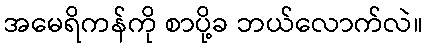
အမေရိကန်ကို စာပို့ခ ဘယ်လောက်လဲ။